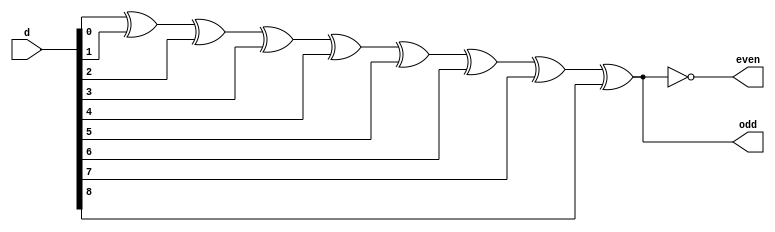
module sn74ls280(even, odd, d);
input [8:0] d;
output even, odd;
wire od;

parameter
	// TI TTL data book Vol 1, 1985
	tPLHe_min=0, tPLHe_typ=33, tPLHe_max=50,
	tPHLe_min=0, tPHLe_typ=29, tPHLe_max=45,
	tPLHo_min=0, tPLHo_typ=23, tPLHo_max=35,
	tPHLo_min=0, tPHLo_typ=31, tPHLo_max=50;

xor(od, d[0], d[1], d[2], d[3], d[4], d[5], d[6], d[7], d[8]);

assign #(tPLHe_min:tPLHe_typ:tPLHe_max,
		 tPHLe_min:tPHLe_typ:tPHLe_max)
	even = ~od;

assign #(tPLHo_min:tPLHo_typ:tPLHo_max,
		 tPHLo_min:tPHLo_typ:tPHLo_max)
	odd = od;

endmodule